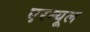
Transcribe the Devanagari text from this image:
एरन्‍यूल